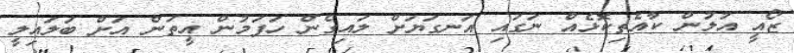
ޒޯއީ އުލުން ކާއެތިކޮޅެއް ނަގައި އަނގަޔަށް ލައިގެން ހަފަމުން އީތަން އަށް ބަލައިލީ